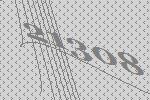
21308